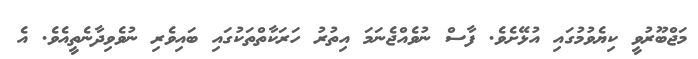
މަޖްބޫރުވީ ކިޔެވުމުގައި އުޅޭށެވެ. ފާސް ނުވެއްޖެނަމަ އިތުރު ހަރަކާތްތަކުގައި ބައިވެރި ނުވެވިދާނެތީއެވެ. އެ